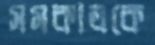
সমকালকে